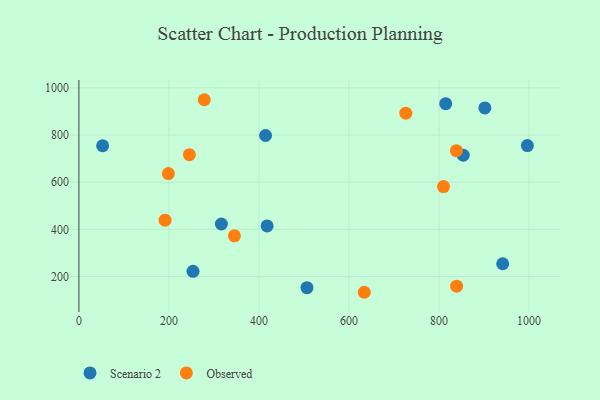
{"axis": {"x": "Ad Spend", "y": "Salary"}, "legend": ["Observed", "Scenario 2"], "data": [{"x": "253.5", "y": 222.0, "type": "Scenario 2"}, {"x": "901.9", "y": 914.9, "type": "Scenario 2"}, {"x": "418.1", "y": 414.8, "type": "Scenario 2"}, {"x": "316.5", "y": 422.8, "type": "Scenario 2"}, {"x": "996.3", "y": 755.4, "type": "Scenario 2"}, {"x": "414.7", "y": 798.1, "type": "Scenario 2"}, {"x": "506.7", "y": 152.9, "type": "Scenario 2"}, {"x": "941.5", "y": 254.2, "type": "Scenario 2"}, {"x": "814.9", "y": 932.9, "type": "Scenario 2"}, {"x": "853.8", "y": 714.7, "type": "Scenario 2"}, {"x": "52.7", "y": 754.6, "type": "Scenario 2"}, {"x": "245.4", "y": 716.9, "type": "Observed"}, {"x": "633.9", "y": 133.2, "type": "Observed"}, {"x": "839.1", "y": 159.0, "type": "Observed"}, {"x": "191.4", "y": 439.0, "type": "Observed"}, {"x": "278.5", "y": 949.8, "type": "Observed"}, {"x": "810.0", "y": 581.4, "type": "Observed"}, {"x": "726.3", "y": 892.6, "type": "Observed"}, {"x": "838.6", "y": 733.9, "type": "Observed"}, {"x": "345.5", "y": 372.7, "type": "Observed"}, {"x": "198.8", "y": 636.7, "type": "Observed"}]}